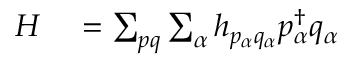
\begin{array} { r l } { H } & { { } = \sum _ { p q } \sum _ { \alpha } h _ { p _ { \alpha } q _ { \alpha } } p _ { \alpha } ^ { \dagger } q _ { \alpha } } \end{array}